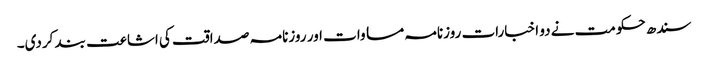
سندھ حکومت نے دو اخبارات روزنامہ مساوات اور روزنامہ صداقت کی اشاعت بند کردی۔